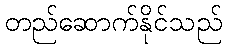
တည်ဆောက်နိုင်သည်